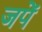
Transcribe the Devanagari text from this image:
जपें